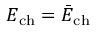
E _ { \mathrm { c h } } = \bar { E } _ { \mathrm { c h } }